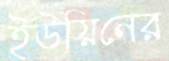
ইউয়িনের